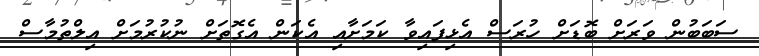
ސަބަބުން ވަރަށް ބޮޑަށް ހުރަސް އެޅިފައިވާ ކަމަށާއި އެކަން އެގޮތަށް ނުކުރުމަށް އިލްތުމާސް